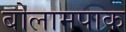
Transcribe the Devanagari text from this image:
बोलामपाक